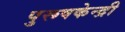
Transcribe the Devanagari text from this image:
पुरूषकेन्द्री